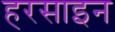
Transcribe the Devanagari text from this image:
हरसाइन